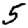
Digit: 5